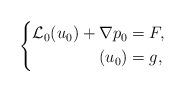
LaTeX: \begin{align*}\left\{\aligned\mathcal{L}_0 (u_0) +\nabla p_0 & = F,\\ (u_0) & =g,\endaligned\right.\end{align*}